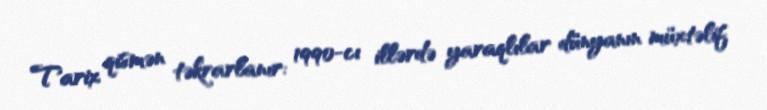
Tarix qismən təkrarlanır: 1990-cı illərdə yaraqlılar dünyanın müxtəlif